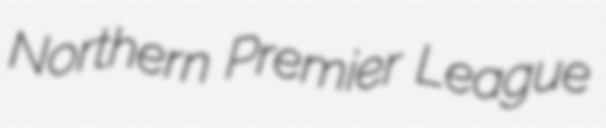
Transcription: Northern Premier League